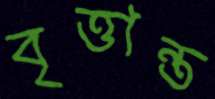
বৃত্তান্ত